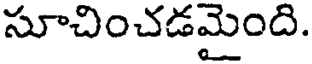
సూచించడమైంది.